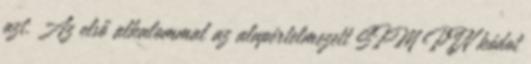
azt. Az első alkalommal az alapértelmezett SIM PIN kódot